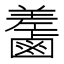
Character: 𪉵